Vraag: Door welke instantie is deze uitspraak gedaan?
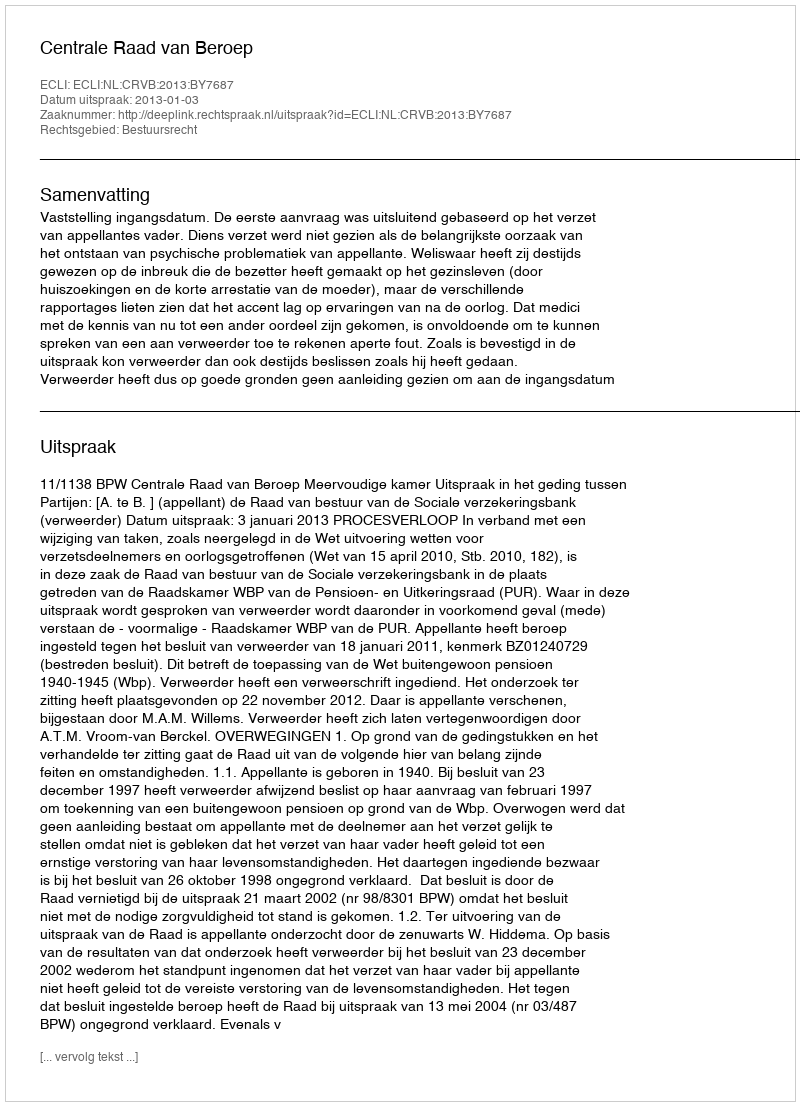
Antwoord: Centrale Raad van Beroep